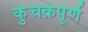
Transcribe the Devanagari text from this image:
कुचक्रपूर्ण